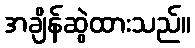
အချိန်ဆွဲထားသည်။